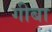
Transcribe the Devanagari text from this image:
गीबा